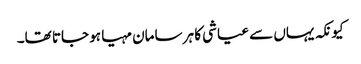
کیونکہ یہاں سے عیاشی کا ہر سامان مہیا ہو جاتا تھا۔